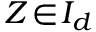
Z \! \in \! { \cal I } _ { d }